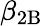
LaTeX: \beta_{\mathrm{2B}}